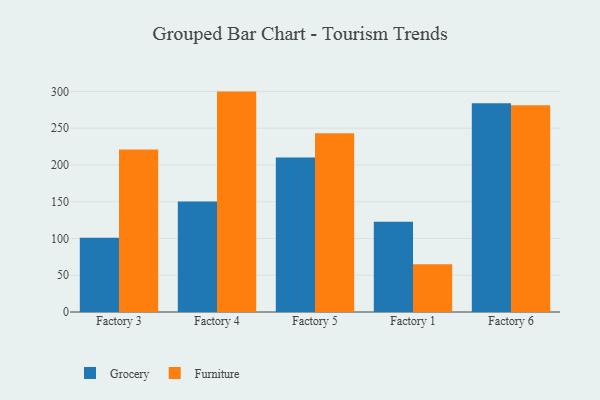
{"axis": {"x": "Factory", "y": "LTV (USD)"}, "legend": ["Furniture", "Grocery"], "data": [{"x": "Factory 3", "y": 101.0, "type": "Grocery"}, {"x": "Factory 3", "y": 221.2, "type": "Furniture"}, {"x": "Factory 4", "y": 150.3, "type": "Grocery"}, {"x": "Factory 4", "y": 299.8, "type": "Furniture"}, {"x": "Factory 5", "y": 210.3, "type": "Grocery"}, {"x": "Factory 5", "y": 243.1, "type": "Furniture"}, {"x": "Factory 1", "y": 122.7, "type": "Grocery"}, {"x": "Factory 1", "y": 65.1, "type": "Furniture"}, {"x": "Factory 6", "y": 283.9, "type": "Grocery"}, {"x": "Factory 6", "y": 281.1, "type": "Furniture"}]}